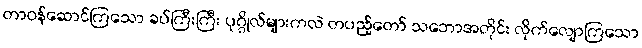
တာဝန်ဆောင်ကြသော ခပ်ကြီးကြီး ပုဂ္ဂိုလ်များကလဲ တပည့်တော် သဘောအတိုင်း လိုက်လျောကြသော